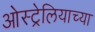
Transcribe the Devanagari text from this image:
ओस्ट्रेलियाच्या